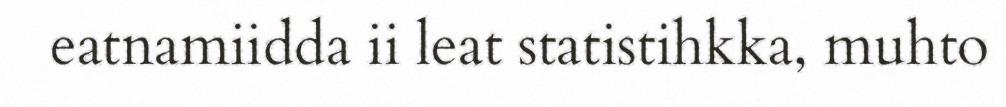
eatnamiidda ii leat statistihkka, muhto